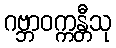
ဂဗ္ဘာဝက္ကန္တီသု